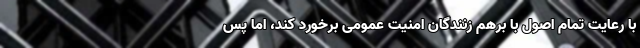
با رعایت تمام اصول با برهم زنندگان امنیت عمومی برخورد کند، اما پس